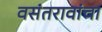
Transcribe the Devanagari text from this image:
वसंतरावांचा